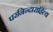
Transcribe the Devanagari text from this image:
परनिन्दाराहित्य